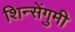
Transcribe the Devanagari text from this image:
शिन्सेंगुमी